Malaria in the Punjab - Number 46
Disease focus: Malaria
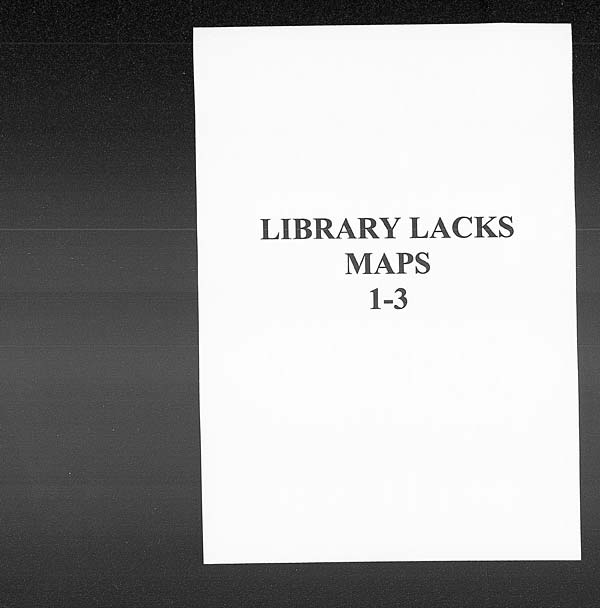
. M A P S
1_3